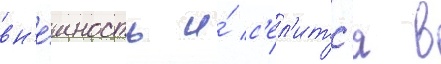
вн'е́шность и́ с'ел'итс'я в